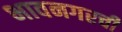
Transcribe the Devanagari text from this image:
भावनगरची